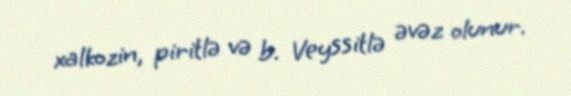
xalkozin, piritlə və b. Veyssitlə əvəz olunur.